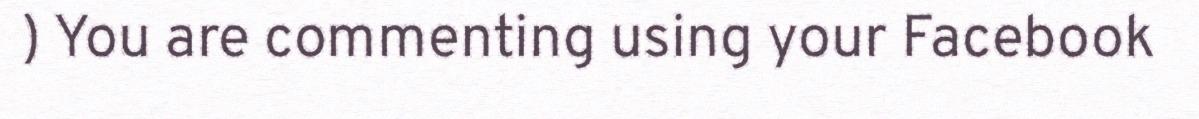
) You are commenting using your Facebook